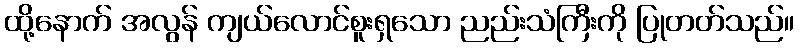
ထို့နောက် အလွန် ကျယ်လောင်စူးရှသော ညည်းသံကြီးကို ပြုတတ်သည်။